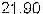
21.90